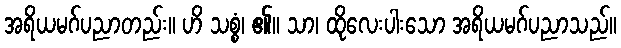
အရိယမဂ်ပညာတည်း။ ဟိ သစ္စံ၊ ၏။ သာ၊ ထိုလေးပါးသော အရိယမဂ်ပညာသည်။